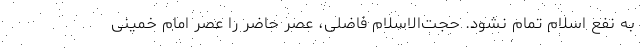
به نفع اسلام تمام نشود. حجت‌الاسلام فاضلی، عصر حاضر را عصر امام خمینی